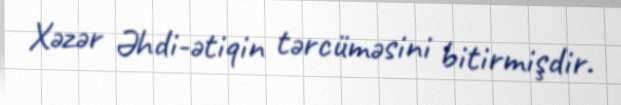
Xəzər Əhdi-ətiqin tərcüməsini bitirmişdir.